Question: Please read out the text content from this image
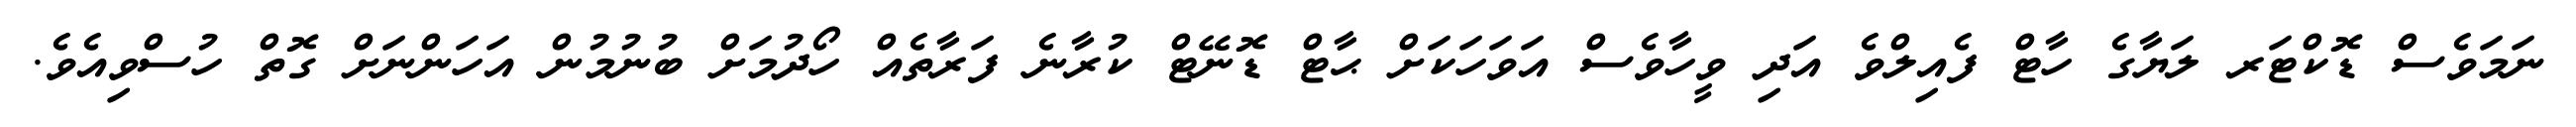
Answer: ނަމަވެސް ޑޮކްޓަރ ލަޔާގެ ހާޓް ފެއިލްވެ އަދި ވީހާވެސް އަވަހަކަށް ޙާޓް ޑޮނޭޓް ކުރާނެ ފަރާތެއް ހޯދުމަށް ބުނުމުން އަހަންނަށް ގޮތް ހުސްވިއެވެ.